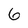
Character: 6